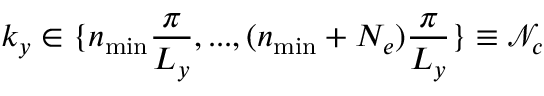
k _ { y } \in \{ n _ { \mathrm { m i n } } \frac { \pi } { L _ { y } } , . . . , ( n _ { \mathrm { m i n } } + N _ { e } ) \frac { \pi } { L _ { y } } \} \equiv \mathcal { N } _ { c }